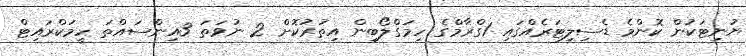
ޔުނިޓަކުން ކޮންމެ ޑެސިލިޓަރެއްގައި 1ގްރާމްގެ ހިމަގްލޯބިން އިތުރުކޮށް 2 ނުވަތަ 3އިންސައްތަ ހީމަކްރައިޓް